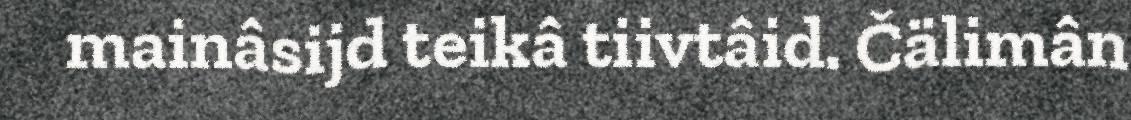
mainâsijd teikâ tiivtâid. Čälimân